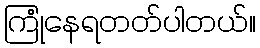
ကြုံနေရတတ်ပါတယ်။